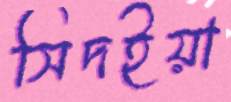
সিদইয়া